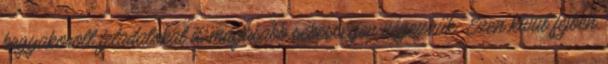
begyakorolt feladatokat is magasabb sebességen végezzük. Ezen kívül fejben